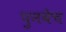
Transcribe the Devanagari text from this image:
पुनवेच